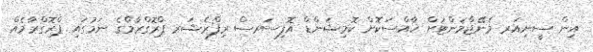
އިން ސީނިއަރ މެނޭޖްމަންޓަށް ޚާއްސަކޮށް ކޮމިޝަންޑް އޮފިސަރސް ރިފްރެޝަރ ޕްރޮގްރާމްގެ ނަމުގައި ޕްރޮގްރާމެއް